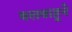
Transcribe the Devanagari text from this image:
बलबाहूने